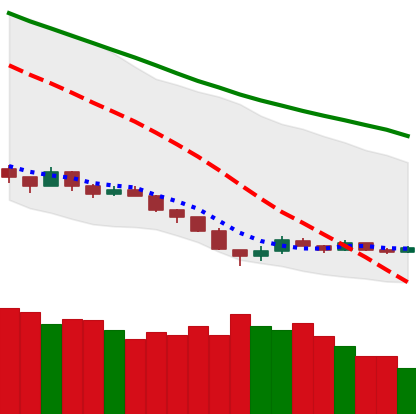
Ticker: EOS-USD
Chart end date: 2018-12-15
Forward return: 45.005%
Label: up_7plus